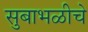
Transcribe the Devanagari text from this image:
सुबाभळीचे